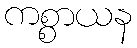
ကစ္စာယန